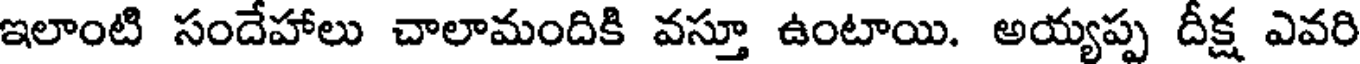
ఇలాంటి సందేహాలు చాలామందికి వస్తూ ఉంటాయి. అయ్యప్ప దీక్ష ఎవరి